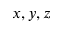
x , y , z